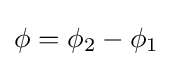
\phi =\phi _{2}-\phi _{1}